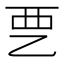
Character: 𰀽